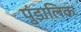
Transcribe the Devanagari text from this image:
पुंडालिक